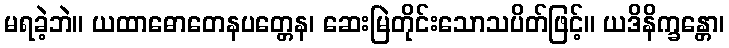
မရခဲ့ဘဲ။ ယထာဓောတေနပတ္တေန၊ ဆေးမြဲတိုင်းသောသပိတ်ဖြင့်။ ယဒိနိက္ခန္တော၊